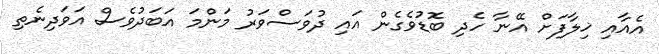
އެއާއި ޚިލާފަށް އޭނާ ހެދި ބޮޑުވެގެން އައި ދުވަސްވަރު މަންމަ އަބަދުވެސް އަވަދިނެތި